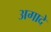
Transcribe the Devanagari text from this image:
अगादे